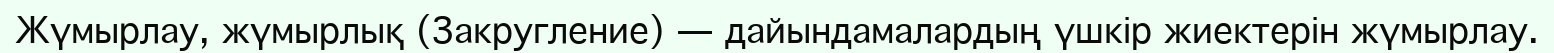
Жүмырлау, жүмырлық (Закругление) — дайындамалардың үшкір жиектерін жүмырлау.